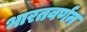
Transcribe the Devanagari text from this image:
भारतवर्णन